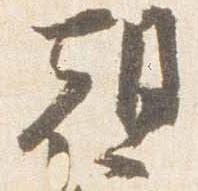
朝